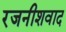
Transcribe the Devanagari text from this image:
रजनीशवाद